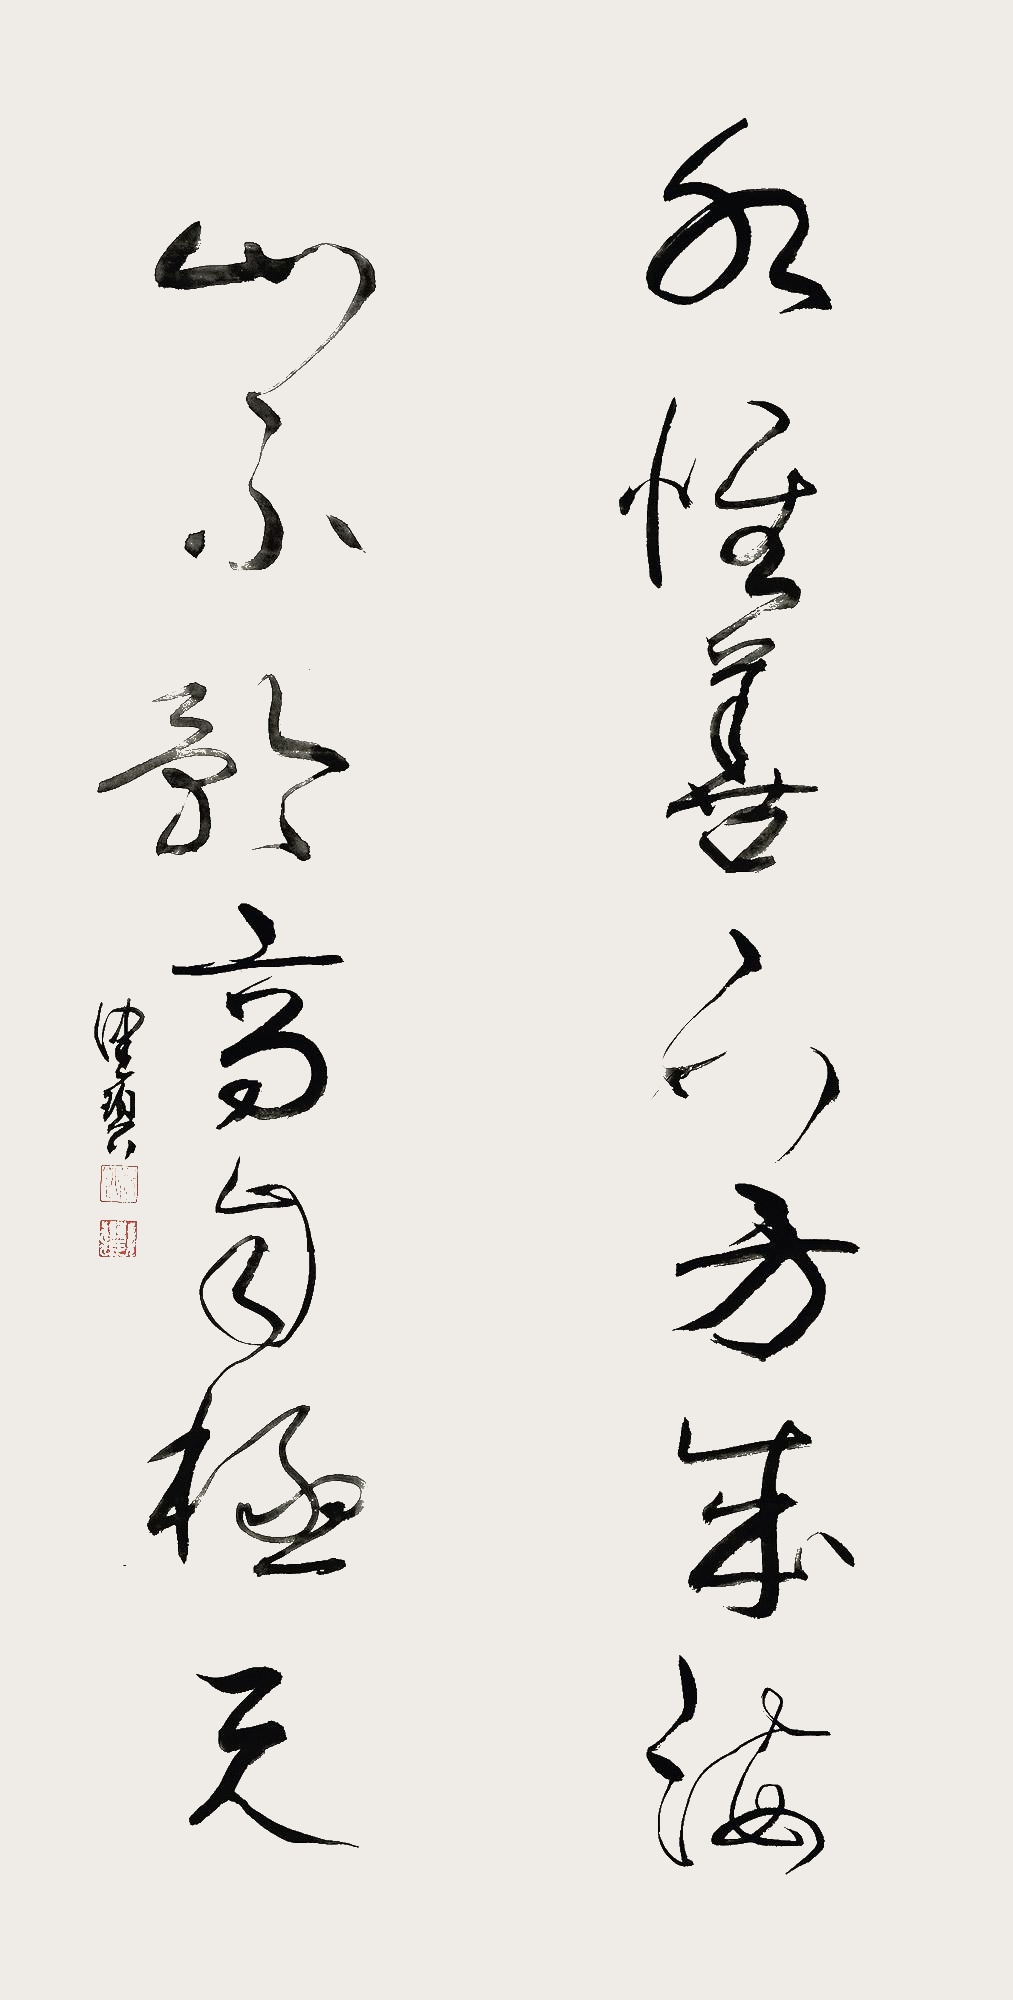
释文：水惟善下方成海，山不矜高自极天。健碧。